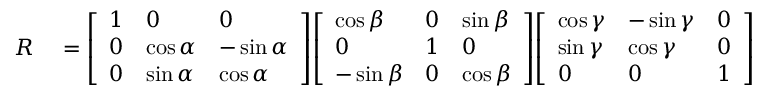
\begin{array} { r l } { R } & { { } = { \left[ \begin{array} { l l l } { 1 } & { 0 } & { 0 } \\ { 0 } & { \cos \alpha } & { - \sin \alpha } \\ { 0 } & { \sin \alpha } & { \cos \alpha } \end{array} \right] } { \left[ \begin{array} { l l l } { \cos \beta } & { 0 } & { \sin \beta } \\ { 0 } & { 1 } & { 0 } \\ { - \sin \beta } & { 0 } & { \cos \beta } \end{array} \right] } { \left[ \begin{array} { l l l } { \cos \gamma } & { - \sin \gamma } & { 0 } \\ { \sin \gamma } & { \cos \gamma } & { 0 } \\ { 0 } & { 0 } & { 1 } \end{array} \right] } } \end{array}